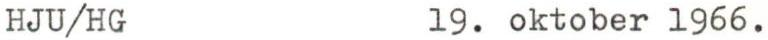
HJU/HG 19. oktober 1966.